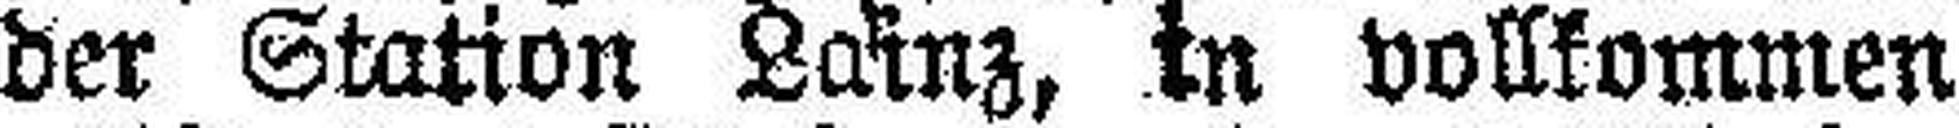
der Station Lainz, in vollkommen